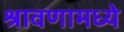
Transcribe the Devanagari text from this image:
श्रावणामध्ये